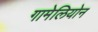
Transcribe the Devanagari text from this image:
गामेलियोन